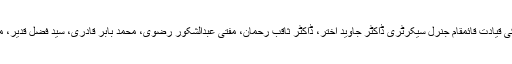
پریس کلب میں جمعیت علماء پاکستان کی طرف سے احتجاجی مظاہرہ کیا گیا جس کی قیادت قائمقام جنرل سیکرٹری ڈاکٹر جاوید اختر، ڈاکٹر ثاقب رحمان، مفتی عبدالشکور رضوی، محمد بابر قادری، سید فضل قدیر، مولانا خادم حسین، عطا محمد انصاری، معظم جیلانی اور عبدالستار انصاری نے کی۔